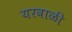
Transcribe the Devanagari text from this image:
यरवाळी